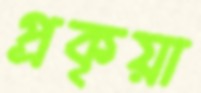
প্রকৃয়া